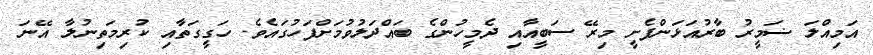
އަމިއްލަ ޟަމީރު ބާރުއަޅަންފެށީ މިރޭ ސަބީއާއި ދެމީހުންގެ ބައްދަލުވުމަށްފަހުގައެވެ. ހަގީގަތާއި ކުރިމަތިނުލާ އޭނަ